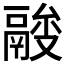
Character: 𩰼